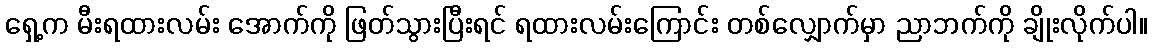
ရှေ့က မီးရထားလမ်း အောက်ကို ဖြတ်သွားပြီးရင် ရထားလမ်းကြောင်း တစ်လျှောက်မှာ ညာဘက်ကို ချိုးလိုက်ပါ။